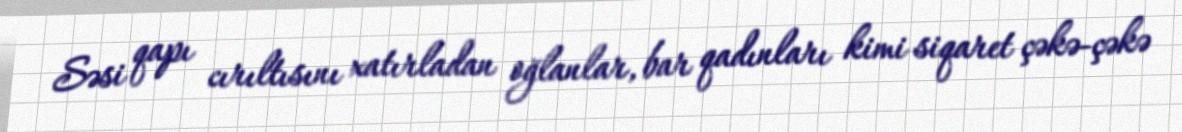
Səsi qapı cırıltısını xatırladan oğlanlar, bar qadınları kimi siqaret çəkə-çəkə